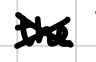
Text: the
Cross-out: cross
Writing tool: digital_black